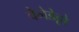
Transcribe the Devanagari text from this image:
बेनेडेट्टो